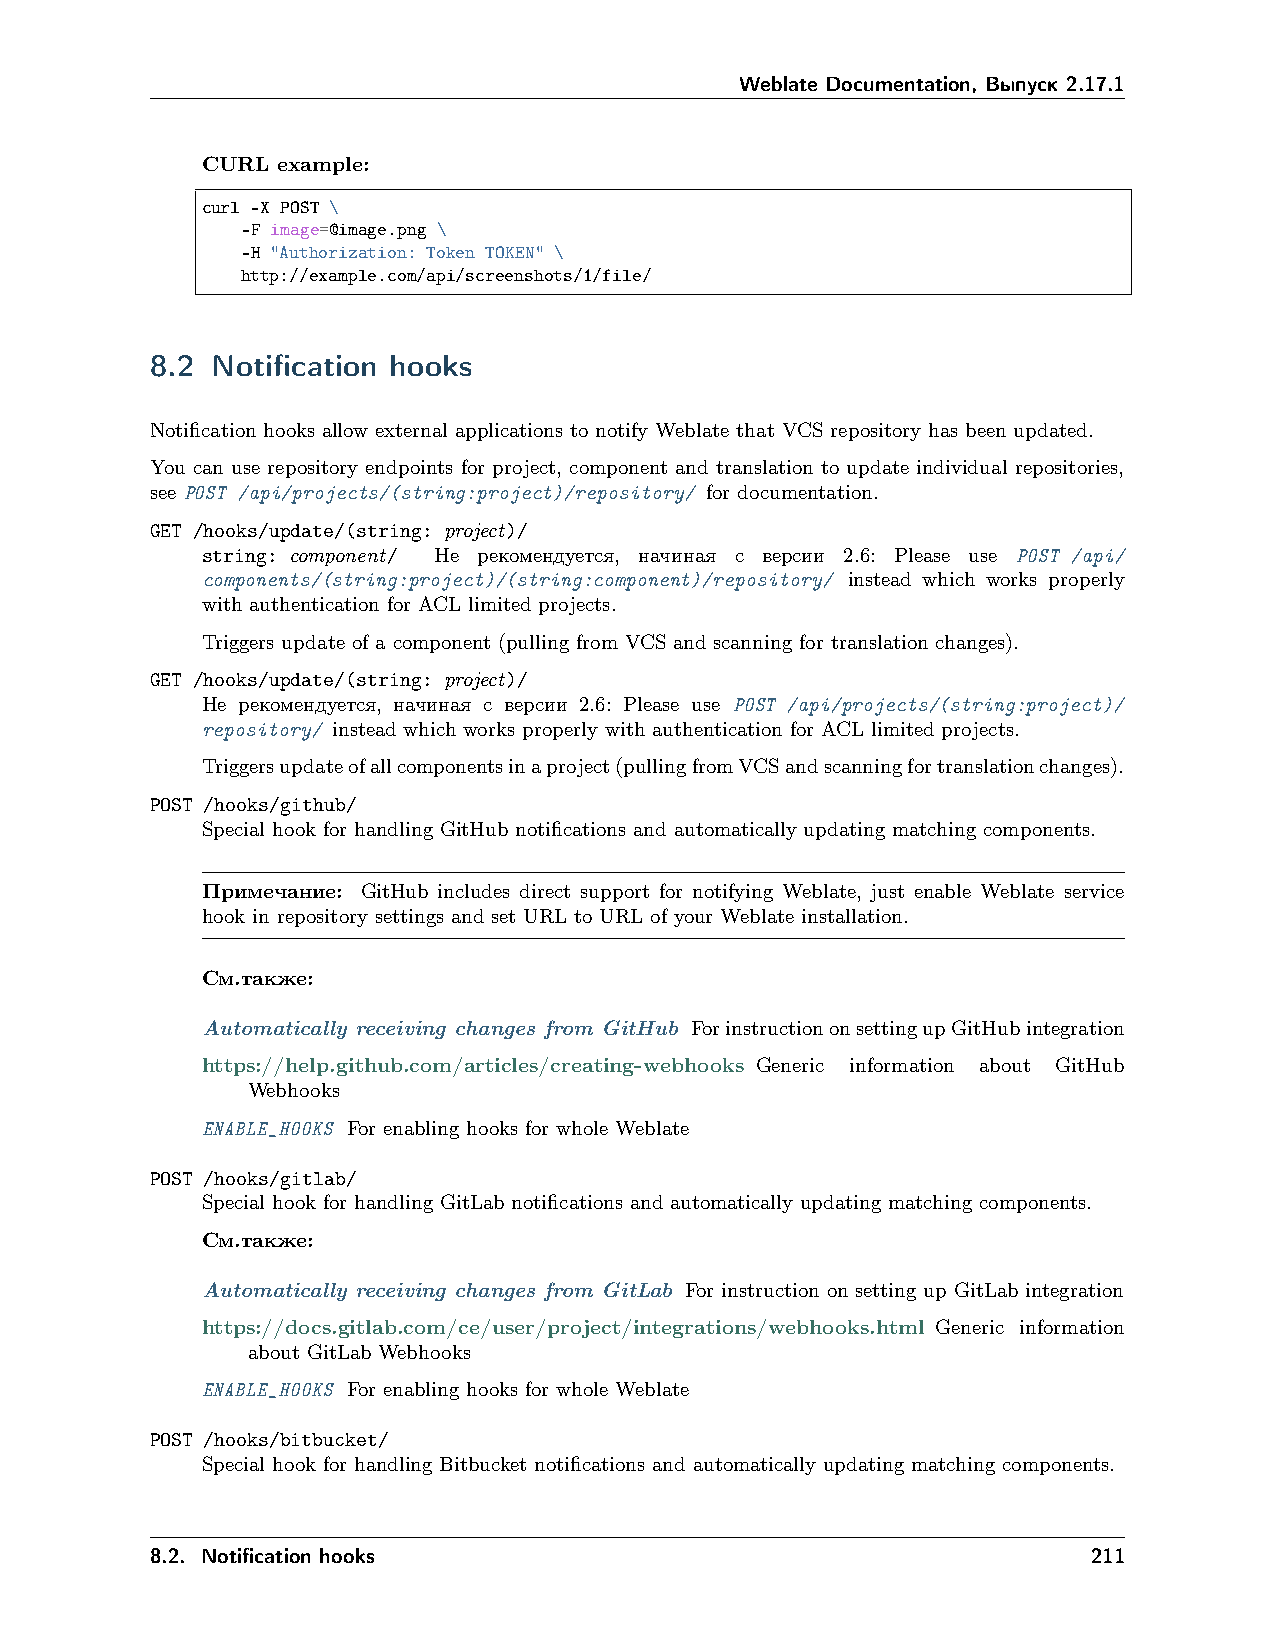
Weblate Documentation, Выпуск 2.17.1
 CURL example:
 curl -X POST \
 -F image=@image.png \
 -H "Authorization: Token TOKEN" \
 http://example.com/api/screenshots/1/file/
 8.2 Notification hooks
 Notification hooks allow external applications to notify Weblate that VCS repository has been updated.
 You can use repository endpoints for project, component and translation to update individual repositories,
 see POST /api/projects/(string:project)/repository/ for documentation.
 GET /hooks/update/(string: project)/
 string: component/ Не рекомендуется, начиная с версии 2.6: Please use POST /api/
 components/(string:project)/(string:component)/repository/ instead which works properly
 with authentication for ACL limited projects.
 Triggers update of a component (pulling from VCS and scanning for translation changes).
 GET /hooks/update/(string: project)/
 Не рекомендуется, начиная с версии 2.6: Please use POST /api/projects/(string:project)/
 repository/ instead which works properly with authentication for ACL limited projects.
 Triggersupdateofallcomponentsinaproject(pullingfromVCSandscanningfortranslationchanges).
 POST /hooks/github/
 Special hook for handling GitHub notifications and automatically updating matching components.
 Примечание: GitHub includes direct support for notifying Weblate, just enable Weblate service
 hook in repository settings and set URL to URL of your Weblate installation.
 См.также:
 Automatically receiving changes from GitHub ForinstructiononsettingupGitHubintegration
 https://help.github.com/articles/creating-webhooks Generic information about GitHub
 Webhooks
 ENABLE_HOOKS For enabling hooks for whole Weblate
 POST /hooks/gitlab/
 Special hook for handling GitLab notifications and automatically updating matching components.
 См.также:
 Automatically receiving changes from GitLab For instruction on setting up GitLab integration
 https://docs.gitlab.com/ce/user/project/integrations/webhooks.html Generic information
 about GitLab Webhooks
 ENABLE_HOOKS For enabling hooks for whole Weblate
 POST /hooks/bitbucket/
 Special hook for handling Bitbucket notifications and automatically updating matching components.
 8.2. Notification hooks                                       211